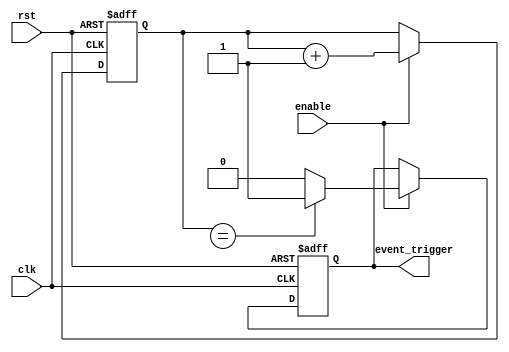
module EventTimer (
    input wire clk,                // System clock input
    input wire rst,                // Reset signal
    input wire enable,             // Enable signal for timer
    output reg event_trigger       // Event trigger signal
);

reg [31:0] counter;               // 32-bit counter for timing control

always @(posedge clk or posedge rst) begin
    if (rst) begin
        counter <= 0;             // Reset counter on reset signal
        event_trigger <= 0;       // Reset event trigger signal
    end else begin
        if (enable) begin
            counter <= counter + 1;  // Increment counter on clock edge if enabled
            // Compare counter value with specific time value for event triggering
            if (counter == TIME_VALUE) begin  
                event_trigger <= 1; // Set event trigger signal high
            end else begin
                event_trigger <= 0; // Set event trigger signal low
            end
        end
    end
end

endmodule